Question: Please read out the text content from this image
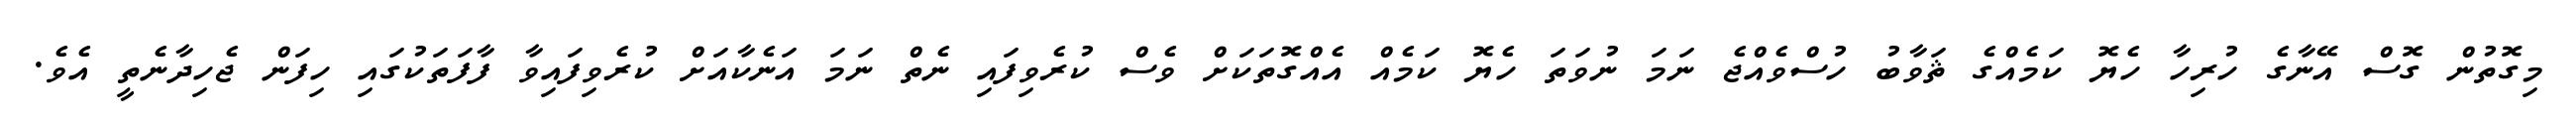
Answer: މިގޮތުން ގޮސް އޭނާގެ ހުރިހާ ހެޔޮ ކަމެއްގެ ޘަވާބު ހުސްވެއްޖެ ނަމަ ނުވަތަ ހެޔޮ ކަމެއް އެއްގޮތަކަށް ވެސް ކުރެވިފައި ނެތް ނަމަ އަނެކާއަށް ކުރެވިފައިވާ ފާފަތަކުގައި ހިފަން ޖެހިދާނެތީ އެވެ.